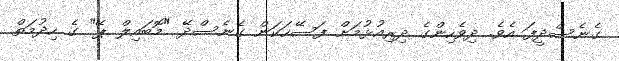
ގެނެސްދީފަ އެވެ. ދިވެހިންގެ ދިރިއުޅުމަށް ފަސޭހަކަން ގެނެސްދޭ "މޮބައިލް ޕޭ" ގެ ހިދުމަތް